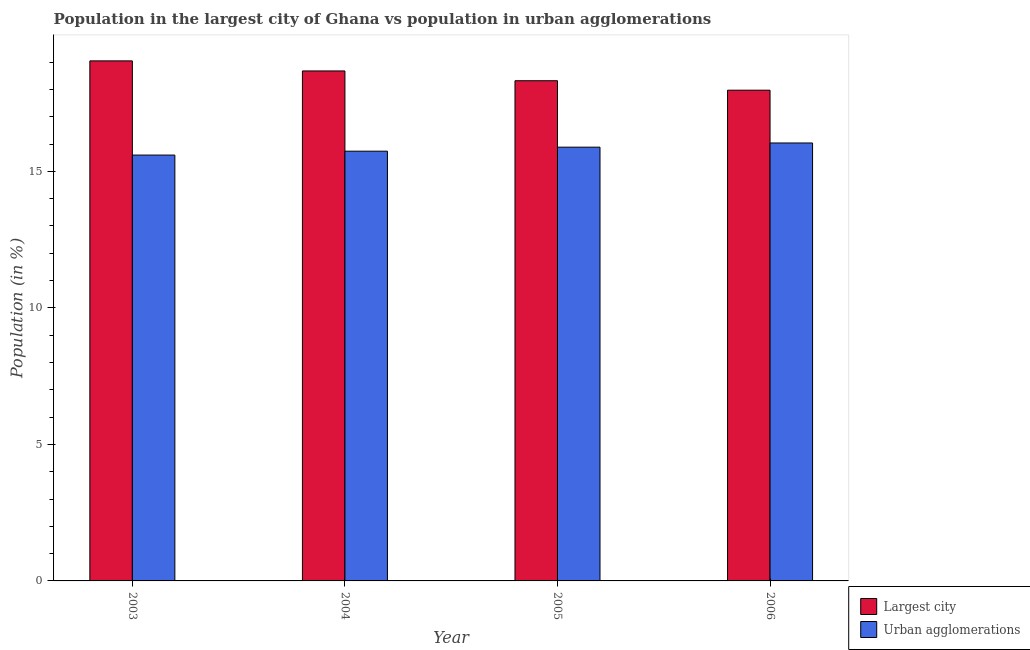
| Year | Largest city | Urban agglomerations |
 | --- | --- | --- |
 | 2003 | 19 | 15.6 |
 | 2004 | 18.7 | 15.7 |
 | 2005 | 18.3 | 15.9 |
 | 2006 | 18 | 16 |